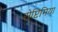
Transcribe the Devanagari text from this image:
सेप्टिमिया